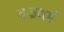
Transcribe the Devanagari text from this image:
वज्रधर्म